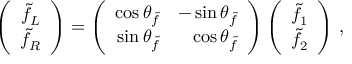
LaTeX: \left( \begin{array} { c } { { \tilde { f } _ { L } } } \\ { { \tilde { f } _ { R } } } \end{array} \right) = \left( \begin{array} { r r } { { \cos \theta _ { \tilde { f } } } } & { { - \sin \theta _ { \tilde { f } } } } \\ { { \sin \theta _ { \tilde { f } } } } & { { \cos \theta _ { \tilde { f } } } } \end{array} \right) \left( \begin{array} { c } { { \tilde { f } _ { 1 } } } \\ { { \tilde { f } _ { 2 } } } \end{array} \right) \, ,